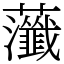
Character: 虃